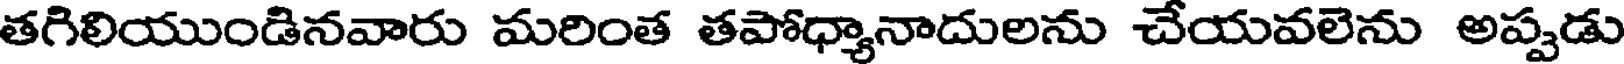
తగిలియుండినవారు మరింత తపోధ్యానాదులను చేయవలెను అప్పడు